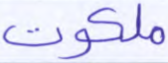
ملكوت